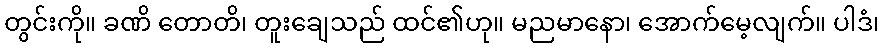
တွင်းကို။ ခဏိ တောတိ၊ တူးချေသည် ထင်၏ဟု။ မညမာနော၊ အောက်မေ့လျက်။ ပါဒံ၊